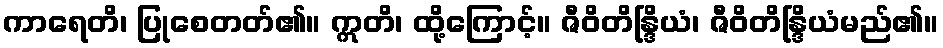
ကာရေတိ၊ ပြုစေတတ်၏။ ဣတိ၊ ထို့ကြောင့်။ ဇီဝိတိန္ဒြိယံ၊ ဇီဝိတိန္ဒြိယံမည်၏။